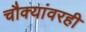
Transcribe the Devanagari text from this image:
चौक्यांवरही